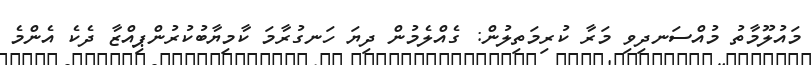
މައުލޫމާތު މުއްސަނދިވި މަރާ ކުރިމަތިލުން: ގެއްލެމުން ދިޔަ ހަނގުރާމަ ކާމިޔާބުކުރުންޕިއްޒާ ދެކެ އެންމެ